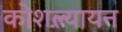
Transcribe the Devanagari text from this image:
कोशल्यायन